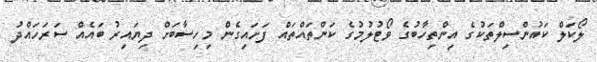
ލޯކަލް ކައުންސިލްތަކުގެ އިންތިހާބުގެ ވޯޓުލުމުގެ ކަންތައްތައް ފަށައިގެން މިހިސާބަށް ދިޔައިރު ބައެއް ސަރަހައްދު